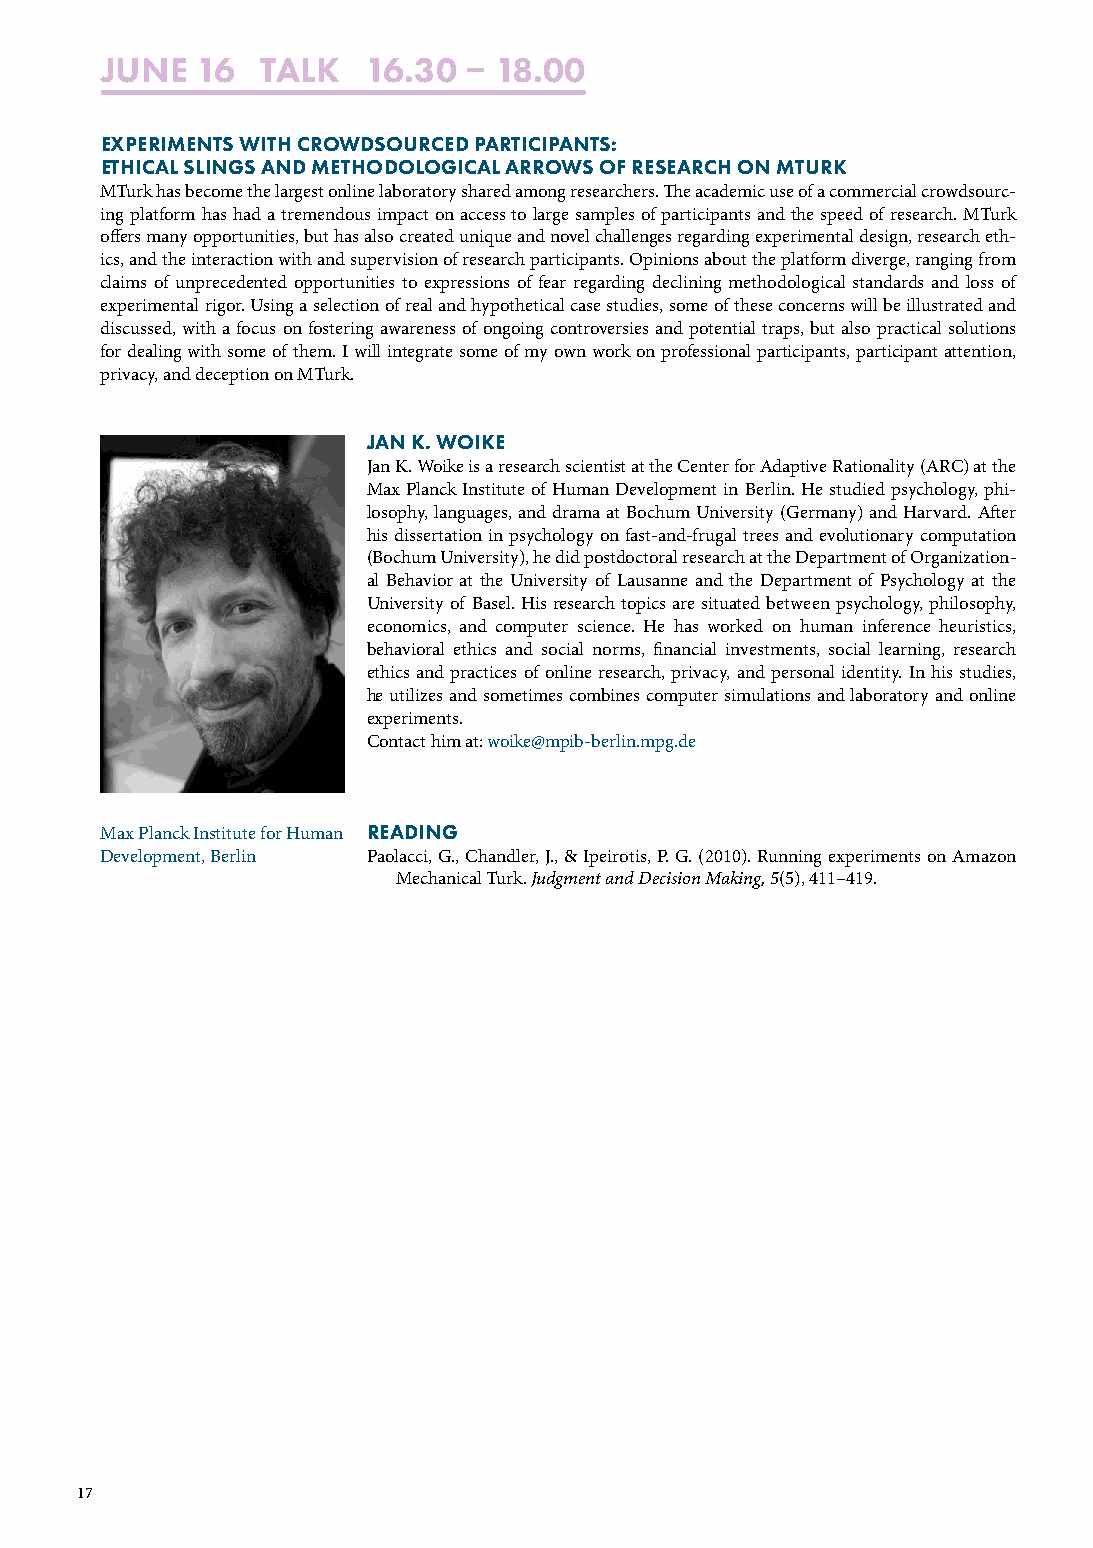
JUNE  16  TALK   16.30   18.00
 EXPERIMENTS WITH CROWDSOURCED PARTICIPANTS:
 ETHICAL SLINGS AND METHODOLOGICAL ARROWS OF RESEARCH ON MTURK
 MTurk has become the largest online laboratory shared among researchers. The academic use of a commercial crowdsourc-
 ing platform has had a tremendous impact on access to large samples of participants and the speed of research. MTurk
 offers many opportunities, but has also created unique and novel challenges regarding experimental design, research eth-
 ics, and the interaction with and supervision of research participants. Opinions about the platform diverge, ranging from
 claims of unprecedented opportunities to expressions of fear regarding declining methodological standards and loss of
 experimental rigor. Using a selection of real and hypothetical case studies, some of these concerns will be illustrated and
 discussed, with a focus on fostering awareness of ongoing controversies and potential traps, but also practical solutions
 for dealing with some of them. I will integrate some of my own work on professional participants, participant attention,
 privacy, and deception on MTurk.
 JAN K. WOIKE
 Jan K. Woike is a research scientist at the Center for Adaptive Rationality (ARC) at the
 Max Planck Institute of Human Development in Berlin. He studied psychology, phi-
 losophy, languages, and drama at Bochum University (Germany) and Harvard. After
 his dissertation in psychology on fast-and-frugal trees and evolutionary computation
 (Bochum University), he did postdoctoral research at the Department of Organization-
 al Behavior at the University of Lausanne and the Department of Psychology at the
 University of Basel. His research topics are situated between psychology, philosophy,
 economics, and computer science. He has worked on human inference heuristics,
 behavioral ethics and social norms, financial investments, social learning, research
 ethics and practices of online research, privacy, and personal identity. In his studies,
 he utilizes and sometimes combines computer simulations and laboratory and online
 experiments.
 Contact him at: woike@mpib-berlin.mpg.de
 Max Planck Institute for Human READING
 Development, Berlin Paolacci, G., Chandler, J., & Ipeirotis, P. G. (2010). Running experiments on Amazon
 Mechanical Turk. Judgment and Decision Making, 5(5), 411–419.
 17